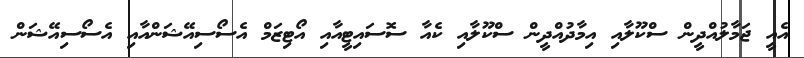
އެއީ ޖަމާލުއްދީން ސްކޫލާއި އިމާދުއްދީން ސްކޫލާއި ކެއާ ސޮސައިޓީއާއި އޯޓިޒަމް އެސޯސިއޭޝަންއާއި އެސޯސިއޭޝަން